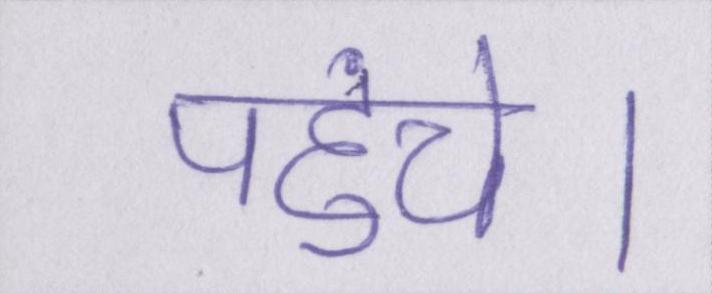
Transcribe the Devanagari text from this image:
पहुंचे।